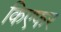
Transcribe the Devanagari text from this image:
किएफर